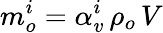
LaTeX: m_{o}^{i}=\alpha_{v}^{i}\, \rho_{o}\, V